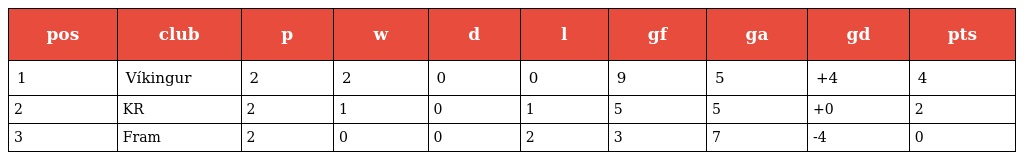
| pos | club | p | w | d | l | gf | ga | gd | pts |
 | --- | --- | --- | --- | --- | --- | --- | --- | --- | --- |
 | 1 | Víkingur | 2 | 2 | 0 | 0 | 9 | 5 | +4 | 4 |
 | 2 | KR | 2 | 1 | 0 | 1 | 5 | 5 | +0 | 2 |
 | 3 | Fram | 2 | 0 | 0 | 2 | 3 | 7 | -4 | 0 |